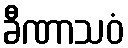
ခီဏာသဝံ